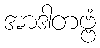
အာဒါတဗ္ဗံ